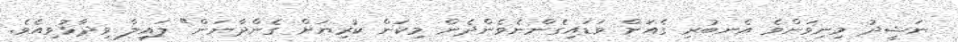
ނަޝީދު މިނިވަންވެ އެނބުރި ގެއަށް ވަޑައިގެންނެވެންދެން މިކަން ކުރިޔަށް ގެންދާނަން" ލައިލާ ވިދާޅުވިއެވެ.